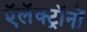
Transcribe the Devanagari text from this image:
ऍलॅक्ट्रॉनों